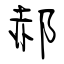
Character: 郝